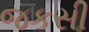
જકસી